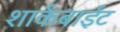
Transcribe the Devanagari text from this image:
शार्कबाईट